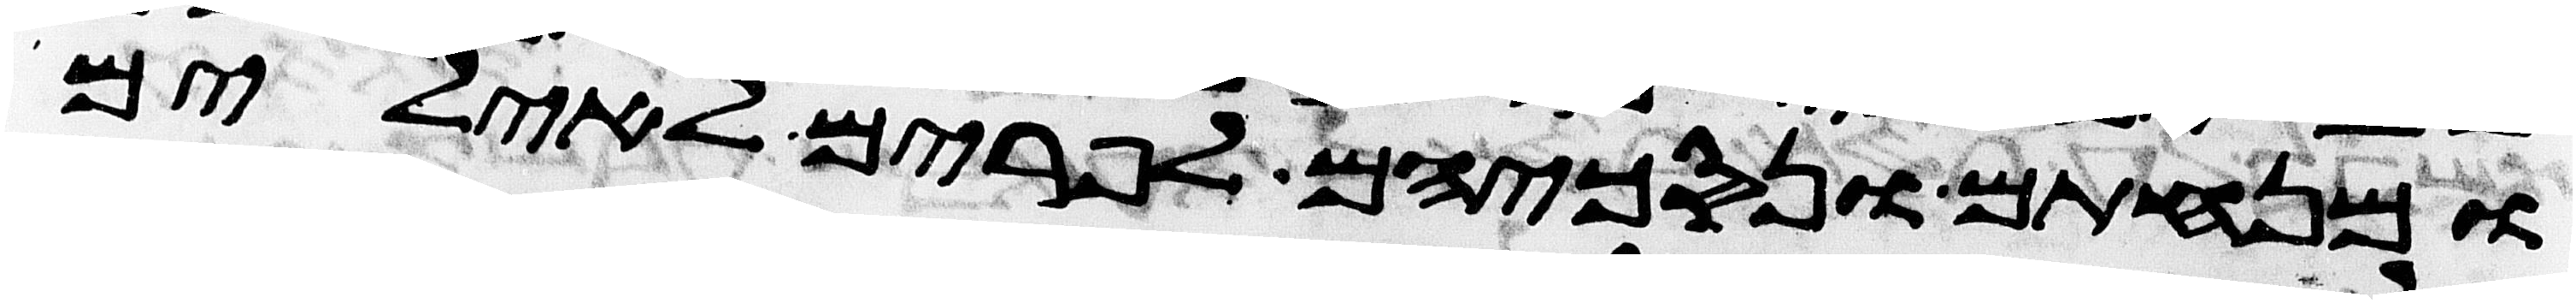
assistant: ומנחתם ונסכיהם לפרים לאילים